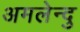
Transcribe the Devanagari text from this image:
अमलेन्दु